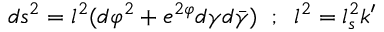
d s ^ { 2 } = l ^ { 2 } ( d \varphi ^ { 2 } + e ^ { 2 \varphi } d \gamma d \bar { \gamma } ) \; \; ; \; \; l ^ { 2 } = l _ { s } ^ { 2 } k ^ { \prime }